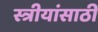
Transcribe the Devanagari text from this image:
स्त्रीयांसाठी